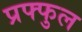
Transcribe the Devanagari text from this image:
प्रफ्फुल